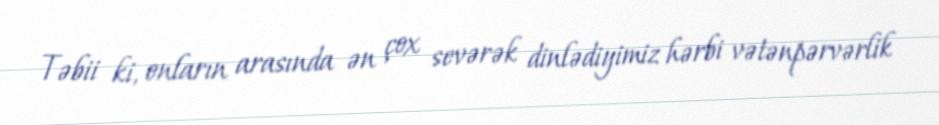
Təbii ki, onların arasında ən çox sevərək dinlədiyimiz hərbi vətənpərvərlik